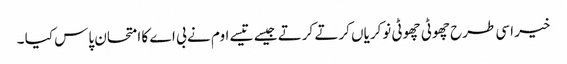
خیر اسی طرح چھوٹی چھوٹی نوکریاں کرتے کرتے جیسے تیسے اوم نے بی اے کا امتحان پاس کیا ۔